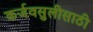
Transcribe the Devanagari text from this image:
कर्जवसुलीसाठी